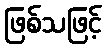
ဖြစ်သဖြင့်